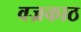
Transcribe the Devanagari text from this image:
वज्रकाठ